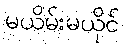
မယိမ်းမယိုင်